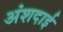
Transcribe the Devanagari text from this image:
अंशदाई